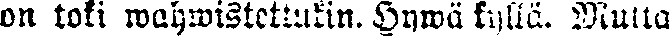
on toki wahwistettukin. Hywä kyllä. Mutta